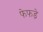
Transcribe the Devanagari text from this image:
फेफडे़